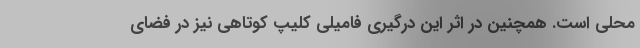
محلی است. همچنین در اثر این درگیری فامیلی کلیپ کوتاهی نیز در فضای